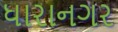
ધારાનગર